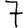
Digit: 7